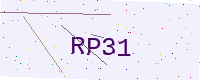
Text: RP31